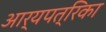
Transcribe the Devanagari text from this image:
आर्यपत्रिका